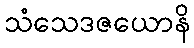
သံသေဒဇယောနိ